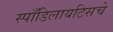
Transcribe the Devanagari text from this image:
स्पाँडिलायटिसचे